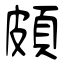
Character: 頗